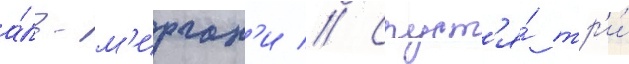
а́ль-м'ирган'и // Спуст'я́ тр'и́